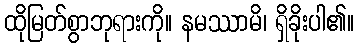
ထိုမြတ်စွာဘုရားကို။ နမဿာမိ၊ ရှိခိုးပါ၏။